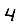
Digit: 4